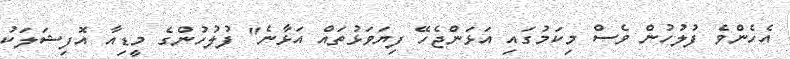
އެހެންވެ ފުލުހުން ވެސް މިކަމުގައި އަޅަންޖެހޭ ފިޔަވަޅުތައް އަޅާނެ" ފުލުހުންގެ މީޑިއާ އޮފިޝަލަކު